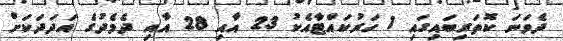
ދެވަނަ ކޮތަރިބައިގައި 1 ހަރުކައްޓާއެކު 23 އާއި 28 އާއި ދެމެދުގެ އަދަދަކަށް